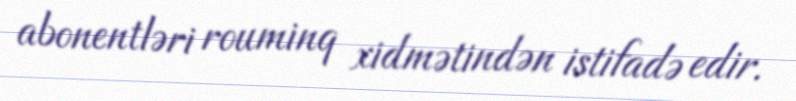
abonentləri rouminq xidmətindən istifadə edir.